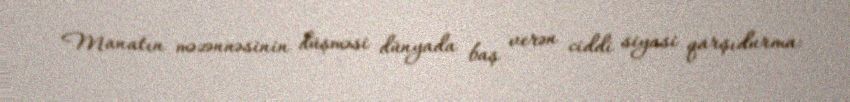
Manatın məzənnəsinin düşməsi dünyada baş verən ciddi siyasi qarşıdurma: